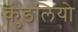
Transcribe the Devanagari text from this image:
कुंडलियो